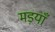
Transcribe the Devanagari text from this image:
मड़याँ